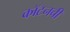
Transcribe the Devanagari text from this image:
कॉटनची